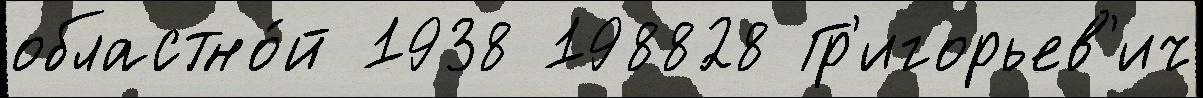
областно́й 1938 198828 Гр'игорьев'ич